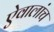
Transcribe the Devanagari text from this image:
ऐवालांच